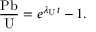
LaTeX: { \frac { \mathrm { P b } } { \mathrm { U } } } = e ^ { \lambda _ { \mathrm { U } } t } - 1 .